Madras plague regulations in force outside the Presidency town - Volume 5
Disease focus: Plague
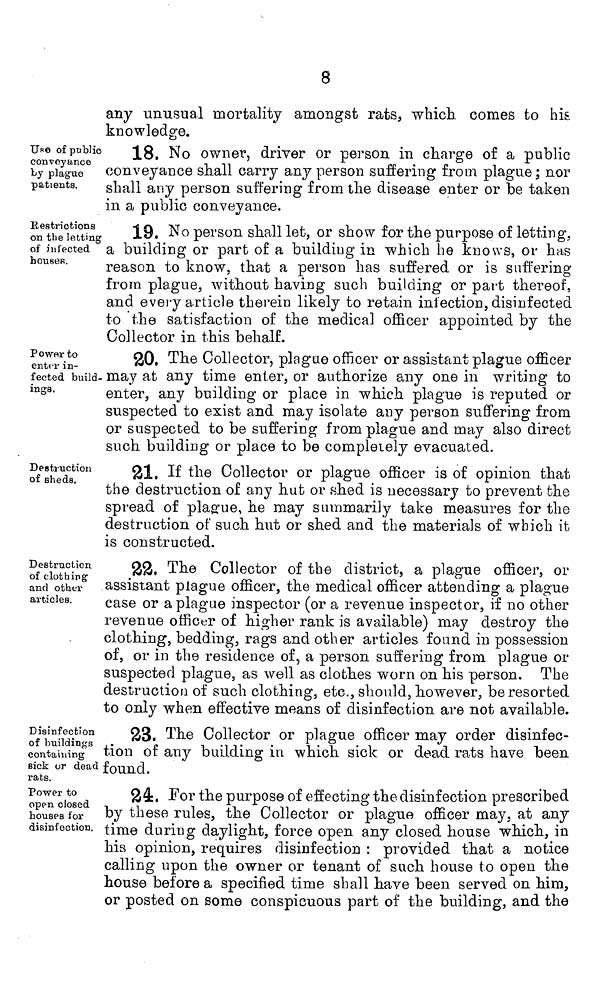
8
any unusual mortality amongst rats, which, comes to
knowledge.
Use of public
conveyance
by plague
patients.
18. No owner, driver or person in charge of a public
conveyance shall carry any person suffering from plague; nc
shall any person suffering from the disease enter or be take
in a public conveyance.
Restrictions
on the letting
of infected
houses.
19. No person shall let, or show for the purpose of letting,
a building or part of a building in which he knows, or has
reason to know, that a person has suffered or is suffering
from plague, without having such building or part thereof,
and every article therein likely to retain infection, disinfected
to the satisfaction of the medical officer appointed by the
Collector in this behalf.
Power to
enter in-
fected build-
ings.
20. The Collector, plague officer or assistant plague officer
may at any time enter, or authorize any one in writing to
enter, any building or place in which plague is reputed or
suspected to exist and may isolate any person suffering from
or suspected to be suffering from plague and may also direct
such building or place to be completely evacuated.
Destruction
of sheds.
21. If the Collector or plague officer is of opinion that
the destruction of any hut or shed is necessary to prevent the
spread of plague, he may summarily take measures for the
destruction of such hut or shed and the materials of which it
is constructed.
Destruction
of clothing
and other
articles.
22. The Collector of the district, a plague officer, or
assistant plague officer, the medical officer attending a plague
case or a plague inspector (or a revenue inspector, if no other
revenue officer of higher rank is available) may destroy the
clothing, bedding, rags and other articles found in possession
of, or in the residence of, a person suffering from plague or
suspected plague, as well as clothes worn on his person. The
destruction of such clothing, etc., should, however, be resorted
to only when effective means of disinfection are not available.
Disinfection
of buildings
containing
sick or dead
rats.
23. The Collector or plague officer may order disinfec-
tion of any building in which sick or dead rats have been
found.
Power to
open closed
houses for
disinfection.
24. For the purpose of effecting the disinfection prescribed
by these rules, the Collector or plague officer may, at any
time during daylight, force open any closed house which, in
his opinion, requires disinfection : provided that a notice
calling upon the owner or tenant of such house to open the
house before a specified time shall have been served on him,
or posted on some conspicuous part of the building, and the